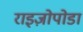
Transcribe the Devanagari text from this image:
राइज़ोपोडा